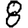
Digit: 8